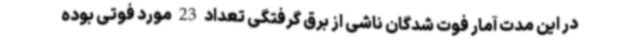
در این مدت آمار فوت شدگان ناشی از برق گرفتگی تعداد 23 مورد فوتی بوده